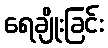
ရေချိုးခြင်း